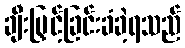
ချီးမြှင့်ခြင်းခံခဲ့ရသည်